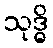
သုဒ္ဓိ